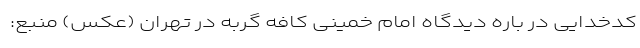
کدخدایی در باره دیدگاه امام خمینی کافه گربه در تهران (عکس) منبع: